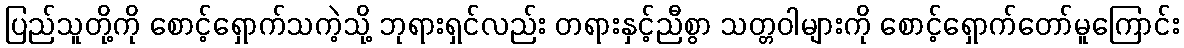
ပြည်သူတို့ကို စောင့်ရှောက်သကဲ့သို့ ဘုရားရှင်လည်း တရားနှင့်ညီစွာ သတ္တဝါများကို စောင့်ရှောက်တော်မူကြောင်း